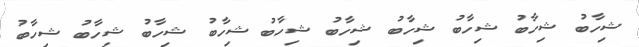
ޝިހާބު ޝިހާބު ޝިހާބު ޝިހާބު ޝިހާބު ޝިހާބު ޝިހާބު ޝިހާބު ޝިހާބު ޝިހާބު